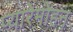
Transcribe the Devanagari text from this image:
प्यारेमोहन